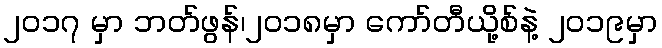
၂၀၁၇ မှာ ဘတ်ဖွန်၊၂၀၁၈မှာ ကော်တီယို့စ်နဲ့ ၂၀၁၉မှာ